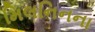
મિલનિનના